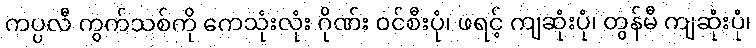
ကပ္ပလီ ကွက်သစ်ကို ကေသုံးလုံး ဂိုဏ်း ဝင်စီးပုံ၊ ဖရင့် ကျဆုံးပုံ၊ တွန်မီ ကျဆုံးပုံ၊